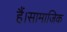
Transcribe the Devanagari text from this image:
हैं।सामाजिक